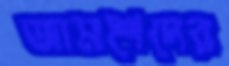
জামশেদের